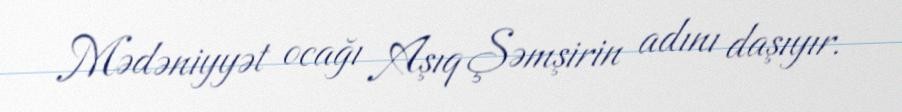
Mədəniyyət ocağı Aşıq Şəmşirin adını daşıyır.